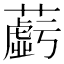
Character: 𬞲